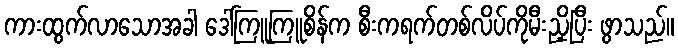
ကားထွက်လာသောအခါ ဒေါ်ကြူကြူစိန်က စီးကရက်တစ်လိပ်ကိုမီးညှိပြီး ဖွာသည်။